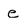
Character: e